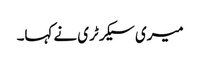
میری سیکرٹری نے کہا۔